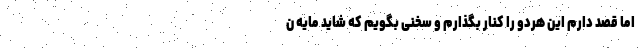
اما قصد دارم این هردو را کنار بگذارم و سخنی بگویم که شاید مایه‌ ن